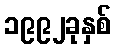
၁၉၉၂ခုနှစ်